Indian journal of veterinary science and animal husbandry - Volumes 18-21, 1948-1951
Year: 1948
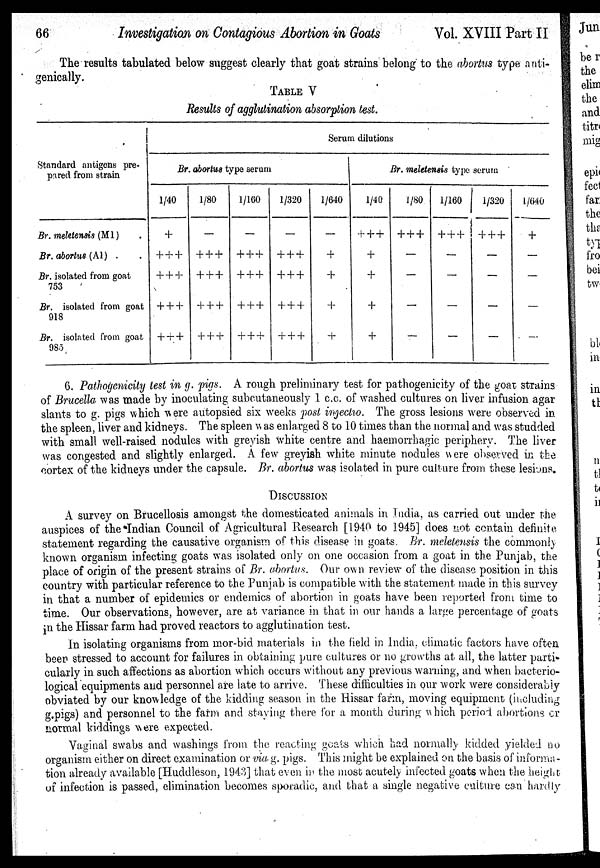
66
Investigation on Contagious Abortion in Goats
Vol. XVIII Part II
The results tabulated below suggest clearly that goat strains belong to the abortus type anti-
genically.
TABLE V
Results of agglutination absorption test.
Standard antigens pre-
pared from strain
Br. meletensis (M1) .
Br. abortus (A1) .
Br. isolated from goat
753
Br. isolated from goat
918
Br. isolated from goat
985
Serum dilutions
Br. abortus type serum
1/40
+
+++
+++
+++
+++
1/80
—
+++
+++
+++
+++
1/100
—
+++
+++
+++
+++
1/320
—
+++
+++
+++
+++
1/640
—
+
+
+
+
Br. meletensis type serum
1/40
++ +
+
+
+
+
1/80
+ + +
—
—
—
—
1/160
+ + +
—
—
—
—
1/320
+ + +
—
—
—
—
1/640
+
—
—
—
—
6. Pathogenicity test in g. Pigs. A rough preliminary test for pathogenicity of the goat strains
of Brucella was made by inoculating subcutaneously 1 c.c. of washed cultures on liver infusion agar
slants to g. pigs which were autopsied six weeks post injectio. The gross lesions were observed in
the spleen, liver and kidneys. The spleen was enlarged 8 to 10 times than the normal and was studded
with small well-raised nodules with greyish white centre and haemorrhagic periphery. The liver
was congested and slightly enlarged. A few greyish white minute nodules were observed in the
cortex of the kidneys under the capsule. Br. abortus was isolated in pure culture from these lesions
DISCUSSION
A survey on Brucellosis amongst the domesticated animals in India, as carried out under the
auspices of the Indian Council of Agricultural Research [1940 to 1945] does not contain definite
statement regarding the causative organism of this disease in goats. Br. meletensis the commonly
known organism infecting goats was isolated only on one occasion from a goat in the Punjab, the
place of origin of the present strains of Br. abortus. Our own review of the disease position in this
country with particular reference to the Punjab is compatible with the statement made in this survey
in that a number of epidemics or endemics of abortion in goats have been reported from time to
time. Our observations, however, are at variance in that in our hands a large percentage of goats
in the Hissar farm had proved reactors to agglutination test.
In isolating organisms from mor-bid materials in the field in India, climatic factors have often
been stressed to account for failures in obtaining pure cultures or no growths at all, the latter parti-
cularly in such affections as abortion which occurs without any previous warning, and when bacterio-
logical equipments and personnel are late to arrive. These difficulties in our work were considerably
obviated by our knowledge of the kidding season in the Hissar farm, moving equipment (including
g.pigs) and personnel to the farm and staying there for a month during which period abortions or
normal kiddings were expected.
Vaginal swabs and washings from the reacting goats which had normally kidded yielded no
organism either on direct examination or via g. pigs. This might be explained on the basis of informa-
tion already available [Huddleson, 1943] that even in the most acutely infected goats when the height
of infection is passed, elimination becomes sporadic, and that a single negative culture can hardly